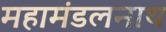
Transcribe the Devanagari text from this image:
महामंडलनाथ